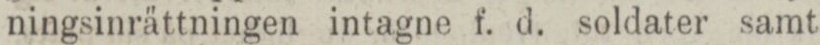
ningsinrättningen intagne f. d. soldater samt